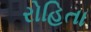
રોહિતા